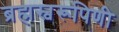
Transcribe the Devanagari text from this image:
ब्रह्मस्वरूपिणी